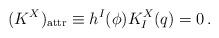
LaTeX: \begin{align*}( K^X )_{\rm attr} \equiv h^I(\phi) K_I^X ( q)=0\,. \end{align*}